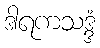
ဒါရကသဒ္ဒံ